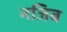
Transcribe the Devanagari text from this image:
नजिब